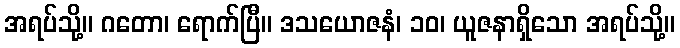
အရပ်သို့။ ဂတော၊ ရောက်ပြီ။ ဒသယောဇနံ၊ ၁၀၊ ယူဇနာရှိသော အရပ်သို့။